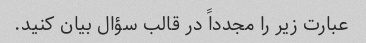
عبارت زیر را مجدداً در قالب سؤال بیان کنید.